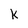
Character: k